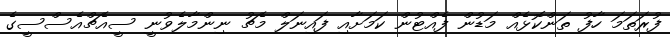
ފުރަތަމަ ހާފު ތަންކޮޅެއް މަޑުން ފެއްޓުން ކަމަށާއި ފައިނަލް މެޗު ނިންމާލެވުނީ ސީއެޗްއެސްސީގެ